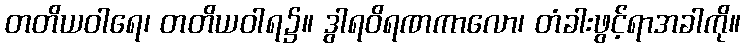
တတိယဝါရေ၊ တတိယဝါရ၌။ ဒွါရဝိရဏကာလော၊ တံခါးဖွင့်ရာအခါကို။